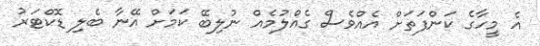
އެ މީހާގެ ކަންފަތަށް އެއްވެސް ގެއްލުމެއް ނުލިބޭ ކަމަށް އޭނާ ބެލި ޑޮކްޓަރު